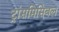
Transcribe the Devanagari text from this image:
ट्रांसमिसिबल